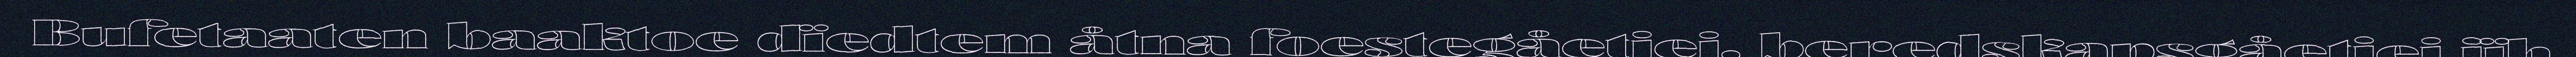
Bufetaaten baaktoe dïedtem åtna foestegåetiej, beredskapsgåetiej jïh